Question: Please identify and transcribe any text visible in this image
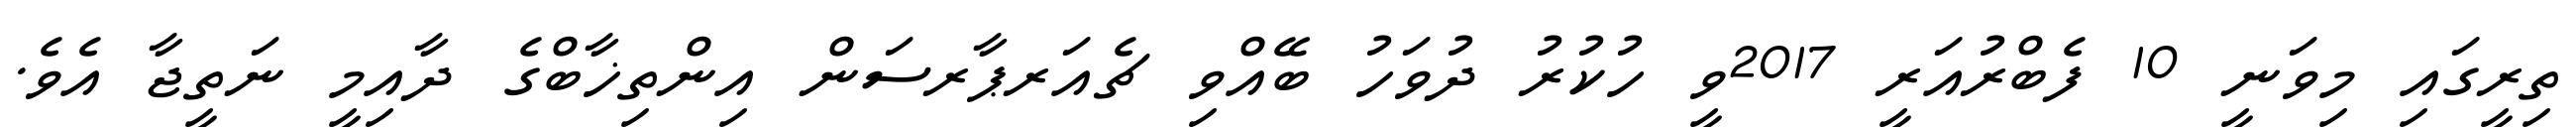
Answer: ތިރީގައި މިވަނީ 10 ފެބްރުއަރީ 2017ވީ ހުކުރު ދުވަހު ބޭއްވި ޗެއަރޕާރސަން އިންތިޚާބްގެ ދާއިމީ ނަތީޖާ އެވެ.